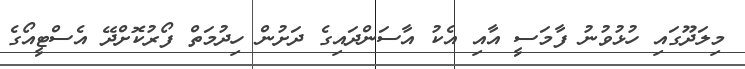
މިލަދޫގައި ހުޅުވުނު ފާމަސީ އާއި އެކު އާސަންދައިގެ ދަށުން ހިދުމަތް ފޯރުކޮށްދޭ އެސްޓީއޯގެ